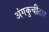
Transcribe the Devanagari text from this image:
अंगकुचीदार